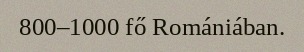
800–1000 fő Romániában.